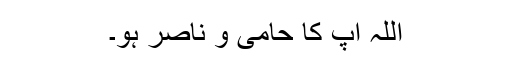
اللہ آپ کا حامی و ناصر ہو۔